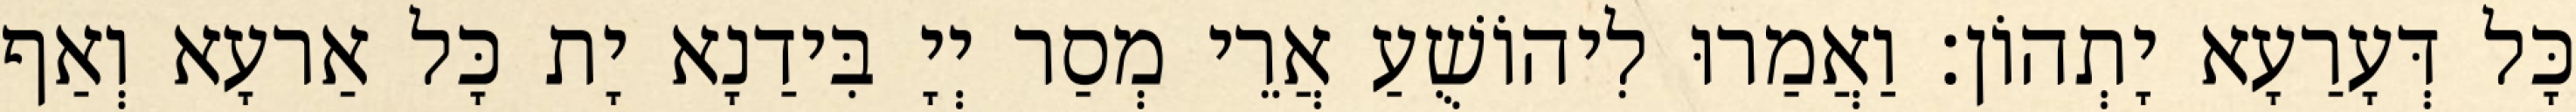
כָּל דְּעָרַעָא יָתְהוֹן׃ וַאֲמַרוּ לִיהוֹשֻׁעַ אֲרֵי מְסַר יְיָ בִּידַנָא יָת כָּל אַרעָא וְאַף